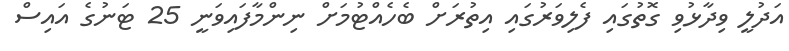
އަދުލީ ވިދާޅުވި ގޮތުގައި ފެލިވަރުގައި އިތުރަށް ބެހެއްޓުމަށް ނިންމާފައިވަނީ 25 ޓަނުގެ އައިސް